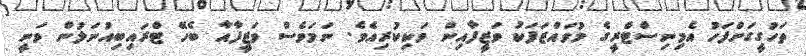
ތަހުގީގަށްފަހު އެމިނިސްޓްރީގެ މުވައްޒަފަކު ވަޒީފާއިން ވަކިކުރިއެވެ. ނަމަވެސް ވަޒީފާއާ ބެހޭ ޓްރައިބިއުނަލުން ވަނީ